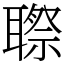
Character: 䏅